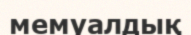
мемуалдық